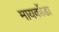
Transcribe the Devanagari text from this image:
मायकोंडा